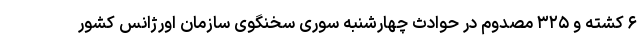
۶ کشته و ۳۲۵ مصدوم در حوادث چهارشنبه سوری سخنگوی سازمان اورژانس کشور